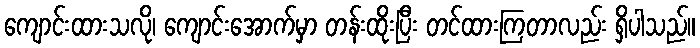
ကျောင်းထားသလို၊ ကျောင်းအောက်မှာ တန်းထိုးပြီး တင်ထားကြတာလည်း ရှိပါသည်။